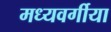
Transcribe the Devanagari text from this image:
मध्यवर्गीया